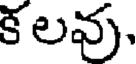
క లవు,